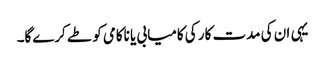
یہی ان کی مدت کار کی کامیابی یا ناکامی کو طے کرے‌گا۔